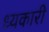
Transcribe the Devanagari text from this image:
ध्यकारी